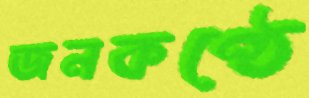
জনকণ্ঠে